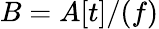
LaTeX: B=A[t]/(f)